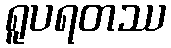
ရူပရတဿ